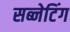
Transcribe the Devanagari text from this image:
सब्नेटिंग